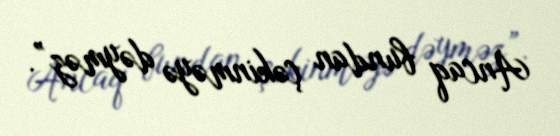
Ancaq bundan çəkinməyə dəyməz”.